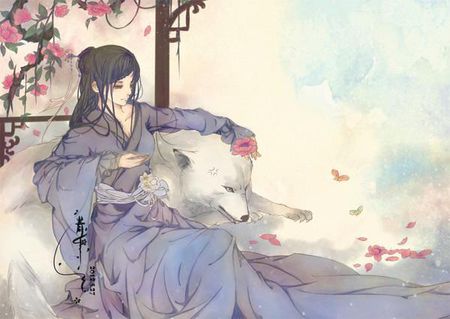
灯半昏时，月半明时。